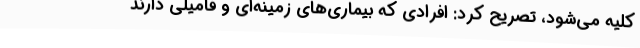
کلیه می‌شود، تصریح کرد: افرادی که بیماری‌های زمینه‌ای و فامیلی دارند